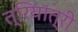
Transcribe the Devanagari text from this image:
त्रियात्री